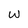
Character: w